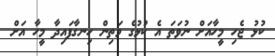
ކުޅު ޖެހި މީހާއަށް ނުވަތަ އެ ކުޅުގެ މަތިން ހިނގާފައިދާ މީހާ އަށް